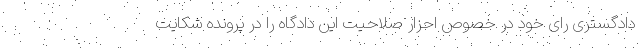
دادگستری رای خود در خصوص احزار صلاحیت این دادگاه را در پرونده شکایت